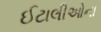
ઈટાલીઓના